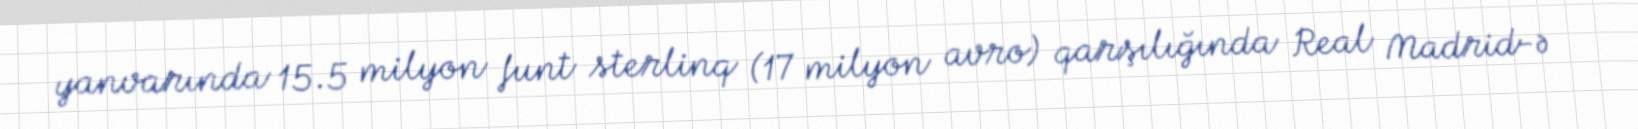
yanvarında 15.5 milyon funt sterlinq (17 milyon avro) qarşılığında Real Madrid-ə